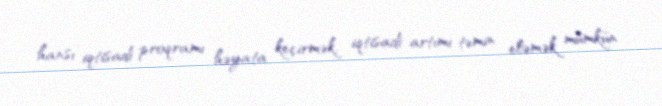
hansı iqtisadi proqramı həyata keçirmək, iqtisadi artımı təmin eləmək mümkün